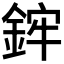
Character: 𨦭